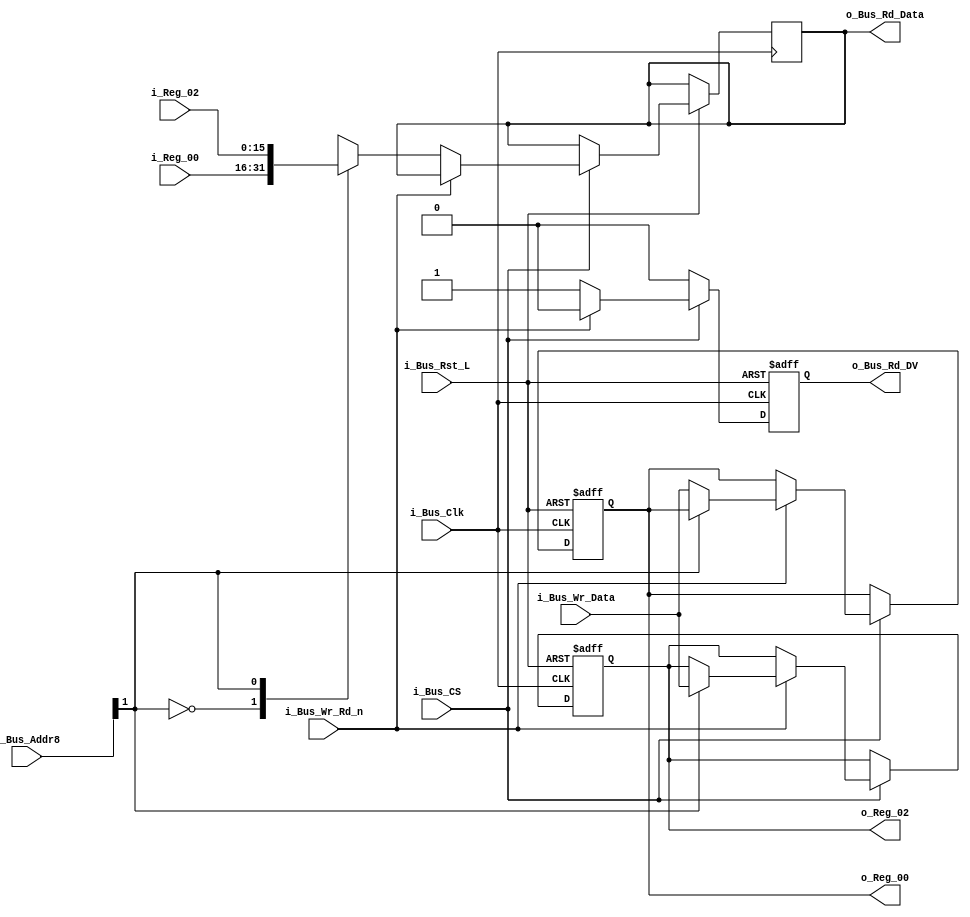
//////////////////////////////////////////////////////////////////////////////
// FPGA Bus Registers
// Contains 2 Readable/Writable Registers.
//
// Parameters:
// BUS_WIDTH - Recommended to set to 8, 16, or 32.
// INIT_XX   - Used to initalize registers to non-zero values.
//
// Note: Address is used to increment into entire word of g_BUS_WIDTH
//////////////////////////////////////////////////////////////////////////////
module Bus_Reg_X2 #(parameter INIT_00  = 0,
                    parameter INIT_02  = 0) 
 (input             i_Bus_Rst_L,
  input             i_Bus_Clk,
  input             i_Bus_CS,
  input             i_Bus_Wr_Rd_n,
  input [1:0]       i_Bus_Addr8,
  input [15:0]      i_Bus_Wr_Data,
  output reg [15:0] o_Bus_Rd_Data,
  output reg        o_Bus_Rd_DV,
  input [15:0]      i_Reg_00,
  input [15:0]      i_Reg_02,
  output reg [15:0] o_Reg_00,
  output reg [15:0] o_Reg_02);

  always @(posedge i_Bus_Clk or negedge i_Bus_Rst_L)
  begin
    if (~i_Bus_Rst_L)
    begin
      o_Bus_Rd_DV <= 1'b0;
      o_Reg_00    <= INIT_00;
      o_Reg_02    <= INIT_02;
    end
    else
    begin
      o_Bus_Rd_DV <= 1'b0;

      if (i_Bus_CS == 1'b1)
      begin
        if (i_Bus_Wr_Rd_n == 1'b1) // Write Command
        begin
          case (i_Bus_Addr8[1])
          2'b0 : o_Reg_00 <= i_Bus_Wr_Data;
          2'b1 : o_Reg_02 <= i_Bus_Wr_Data;
          endcase
        end
        else // Read Command
        begin
          o_Bus_Rd_DV   <= 1'b1;
          
          case (i_Bus_Addr8[1])
          2'b0 : o_Bus_Rd_Data <= i_Reg_00;
          2'b1 : o_Bus_Rd_Data <= i_Reg_02;
          endcase 
        end // else: !if(i_Bus_Wr_Rd_n == 1'b1)
      end // if (i_Bus_CS == 1'b1)
    end // else: !if(!i_Bus_Rst_L)
  end // always @ (posedge i_Bus_Clk or negedge i_Bus_Rst_L)

endmodule